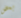
بعض